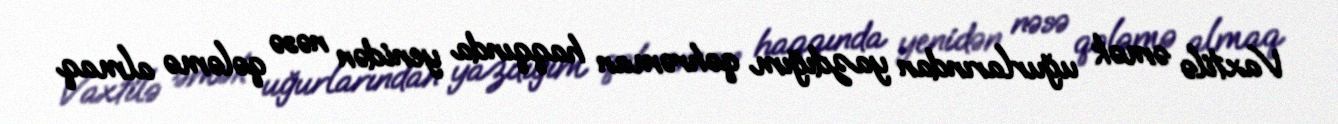
Vaxtilə əmək uğurlarından yazdığım qəhrəman haqqında yenidən nəsə qələmə almaq